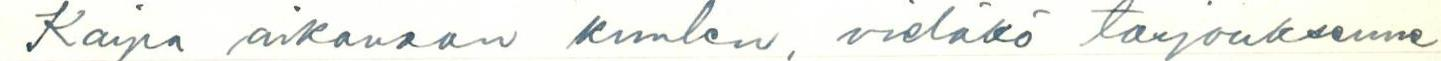
Kaipa aikanaan kuulen, vieläkö tarjouksenne